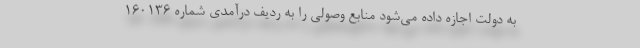
به دولت اجازه داده می‌شود منابع وصولی را به ردیف درآمدی شماره ١۶٠١٣۶